Scientific memoirs by medical officers of the Army of India - Part XII,
Year: 1901
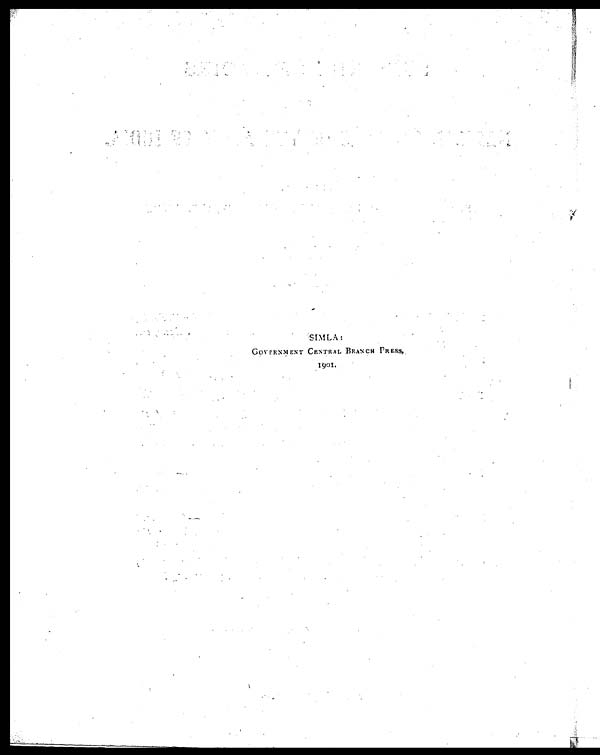
S I M L A :
GOVERNMENT CENTRAL BRANCH PRESS,
1901.